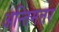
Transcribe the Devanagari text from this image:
अन्तिमत्तर